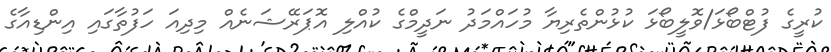
ކުރީގެ ފުޓްބޯޅަ/ވޮލީބޯޅަ ކުޅުންތެރިޔާ މުހައްމަދު ނަދީމްގެ ކުއްލި އޮޕަރޭޝަނެއް މިދިއަ ހަފުތާގައި އިންޑިއާގެ